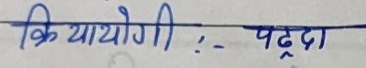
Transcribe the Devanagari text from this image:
क्रियायोगीः- पट्‌ठ्‌दा